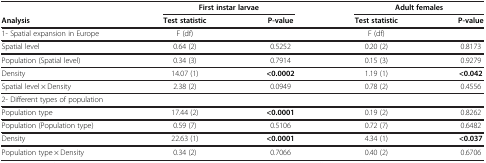
<table><thead><tr><td><b> </b></td><td colspan="2"><b>First instar larvae</b></td><td colspan="2"><b>Adult females</b></td></tr><tr><td><b>Analysis</b></td><td><b>Test statistic</b></td><td><b>P-value</b></td><td><b>Test statistic</b></td><td><b>P-value</b></td></tr></thead><tbody><tr><td>1- Spatial expansion in Europe</td><td>F (df)</td><td> </td><td>F (df)</td><td> </td></tr><tr><td>Spatial level</td><td>0.64 (2)</td><td>0.5252</td><td>0.20 (2)</td><td>0.8173</td></tr><tr><td>Population (Spatial level)</td><td>0.34 (3)</td><td>0.7914</td><td>0.15 (3)</td><td>0.9279</td></tr><tr><td>Density</td><td>14.07 (1)</td><td><b>&lt;0.0002</b></td><td>1.19 (1)</td><td><b>&lt;0.042</b></td></tr><tr><td>Spatial level × Density</td><td>2.38 (2)</td><td>0.0949</td><td>0.78 (2)</td><td>0.4556</td></tr><tr><td>2- Different types of population</td><td> </td><td> </td><td> </td><td> </td></tr><tr><td>Population type</td><td>17.44 (2)</td><td><b>&lt;0.0001</b></td><td>0.19 (2)</td><td>0.8262</td></tr><tr><td>Population (Population type)</td><td>0.59 (7)</td><td>0.5106</td><td>0.72 (7)</td><td>0.6482</td></tr><tr><td>Density</td><td>22.63 (1)</td><td><b>&lt;0.0001</b></td><td>4.34 (1)</td><td><b>&lt;0.037</b></td></tr><tr><td>Population type × Density</td><td>0.34 (2)</td><td>0.7066</td><td>0.40 (2)</td><td>0.6706</td></tr></tbody></table>